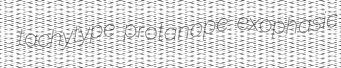
tachytype protanope exophasic